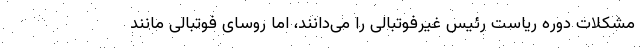
مشکلات دوره ریاست رئیس غیرفوتبالی را می‌دانند، اما روسای فوتبالی مانند